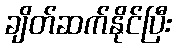
ချိတ်ဆက်နိုင်ပြီး